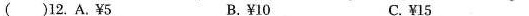
() 12. A.¥5 B.¥10 C.¥15